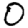
Digit: 0